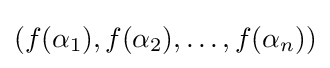
(f(\alpha _{1}),f(\alpha _{2}),\ldots ,f(\alpha _{n}))